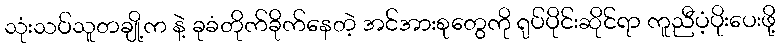
သုံးသပ်သူတချို့က နဲ့ ခုခံတိုက်ခိုက်နေတဲ့ အင်အားစုတွေကို ရုပ်ပိုင်းဆိုင်ရာ ကူညီပံ့ပိုးပေးဖို့